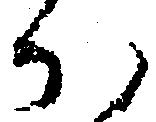
か